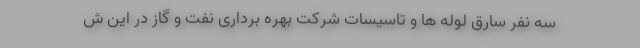
سه نفر سارق لوله ها و تاسیسات شرکت بهره برداری نفت و گاز در این ش